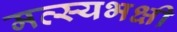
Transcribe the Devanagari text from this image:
मत्स्यभक्षी